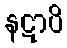
နဋာပိ